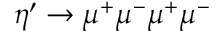
\eta ^ { \prime } \rightarrow \mu ^ { + } \mu ^ { - } \mu ^ { + } \mu ^ { - }